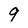
Character: 9